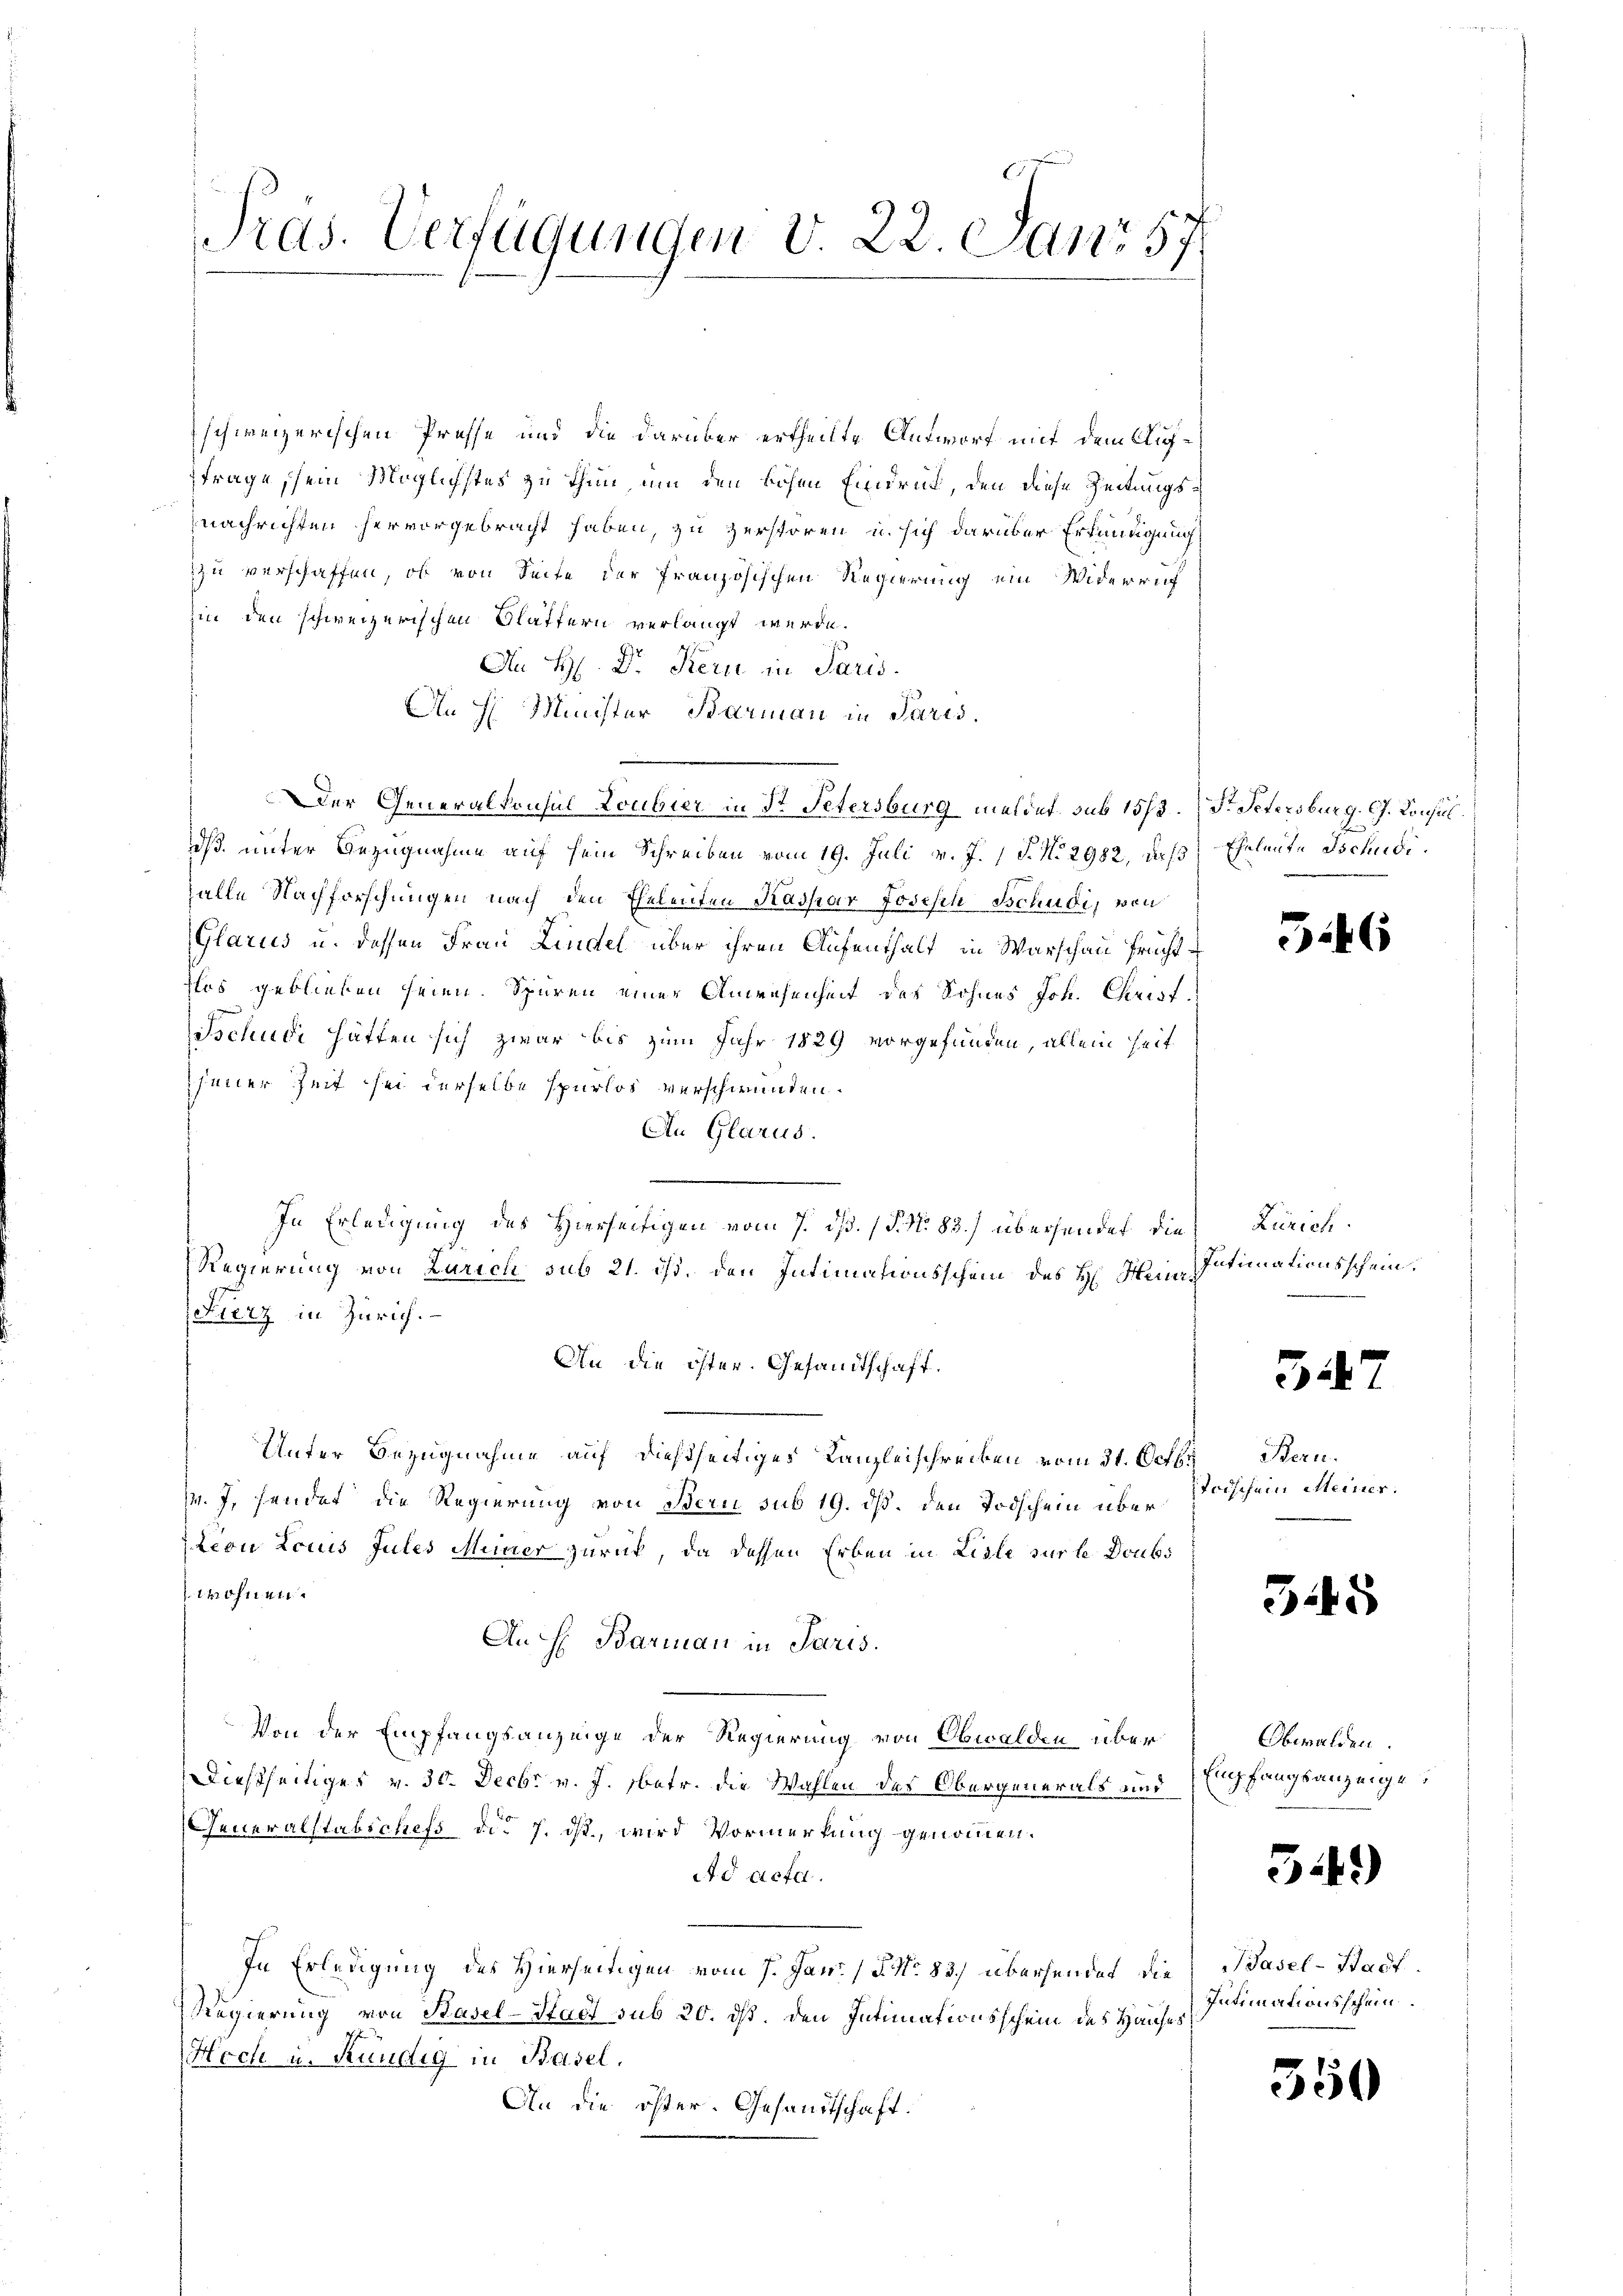
Pras. Verfügungen v. 22. Janr 57.

schweizerischen Presse und die darüber ertheilte Antworf mit dem Auftrage, sein Möglichstes zu thun, um den hohen Eindruck, den diese Zeitungsnachrichten hervorgebracht haben, zu zerstören, u. sich darüber Erkundigung
zu verschaffen, ob von Seite der französischen Regierung ein Widerruf
in den schweizerischen Glättern verlangt werde.
An H. Dr. Kern in Paris
An H. Minister Barman in Paris.
Der Generalkonsul Loubier in Dr. Petersburg meldet. sub 1573. Dr. Petersburg. G. Consul
dß. unter Bezugnahme auf sein Schreiben vom 19. Juli v. J. J. No 2982, daß Eheleute Tschudizalle Nachforschungen nach den Eheleuten Kaspar Josisch Schudi, von
Glarus u. dessen Frau Lindel über ihren Aufenthalt in Warschau Früchtflos geblieben seien. Spüren einer Anwesenheit des Sohnes Joh. Christ
Tschudi hatten sich zwar bis zum Jahr 1829 vorgefunden, allein seit
jener Zeit sei derselbe spurlos verschwunden.
An Glarus.
In Erledigung des Hierseitigen vom 7. dß. (N. N. 83.) überhandet, die
Regierung von Zürich sub 21. ist. den Intimationsschein des H. Heut
Fierz in Zürich.
An die öster. Gesandtschaft.
Unter Bezugnahme auf dießseitiges Kanzleischrecken vom 31. Octb. Bern.
M. J. fandet die Regierung von Bern sub 19. ds. den Todschein über
teon Locus Jules Meiner zurück, da dessen Erben in Liste sur le Doubs
twohnen.
An H. Barmann in Paris.
Von der Empfangsanzeige der Regierung von Obwalden über
Dießseitiges v. 30. Decbr v. J. betr. die Wahlen des Obergenerals und
Generalstabschefs des 7. ds., wird Vormerkung genommen.
d acta.
In Erledigung des Hierseitigen vom 7. Jan. / 5. No. 83.) übersendet die Basel-Stadt¬
Regierung von Basel-Stadt sub 20. ds. den Intimationsschein des Hauses
Hech u. Kündig in Basel.
An die öster. Gesandtschaft.

346

Zürich.
Intimationsschein.

347

Todschein Meiner.

345

Obwalden.
Empfangsanzeige

542)

Intimationsschein.

550